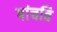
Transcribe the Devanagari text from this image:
पांचवि